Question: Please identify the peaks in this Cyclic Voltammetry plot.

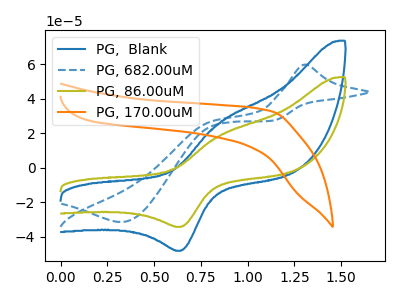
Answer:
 <answer>The blue curve "PG,  Blank" has an anodic peak at (0.85V, 26.35uA) and a cathodic peak at (0.65V, -48.25uA). The blue dashed curve "PG, 682.00uM" has an anodic peak at (1.30V, 59.70uA) and a cathodic peak at (0.35V, -31.55uA). The olive curve "PG, 86.00uM" has an anodic peak at (0.85V, 18.80uA) and a cathodic peak at (0.65V, -34.35uA). The orange curve "PG, 170.00uM" has no peaks.</answer>
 <eval></eval>